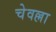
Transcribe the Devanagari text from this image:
चेवल्ला